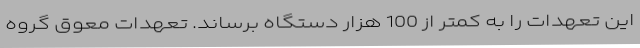
این تعهدات را به کمتر از 100 هزار دستگاه برساند. تعهدات معوق گروه